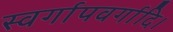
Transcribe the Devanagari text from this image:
स्वर्गापवर्गादि।